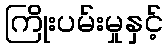
ကြိုးပမ်းမှုနှင့်